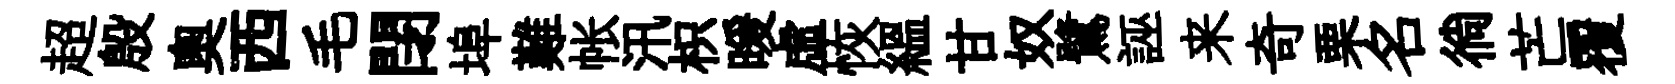
超殷奧西毛閉埠難帐汛枳暖虛恢緼甘奴鷺誣来奇栗名徜芒覆